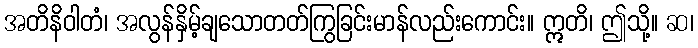
အတိနိဝါတံ၊ အလွန်နှိမ့်ချသောတတ်ကြွခြင်းမာန်လည်းကောင်း။ ဣတိ၊ ဤသို့။ ဆ၊